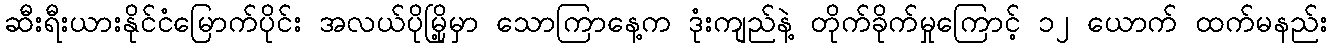
ဆီးရီးယားနိုင်ငံမြောက်ပိုင်း အလယ်ပိုမြို့မှာ သောကြာနေ့က ဒုံးကျည်နဲ့ တိုက်ခိုက်မှုကြောင့် ၁၂ ယောက် ထက်မနည်း